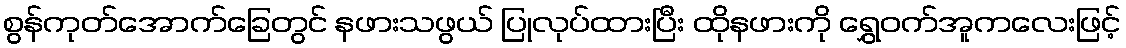
စွန်ကုတ်အောက်ခြေတွင် နဖားသဖွယ် ပြုလုပ်ထားပြီး ထိုနဖားကို ရွှေဝက်အူကလေးဖြင့်